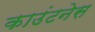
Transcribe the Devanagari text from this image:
काउंटनेस